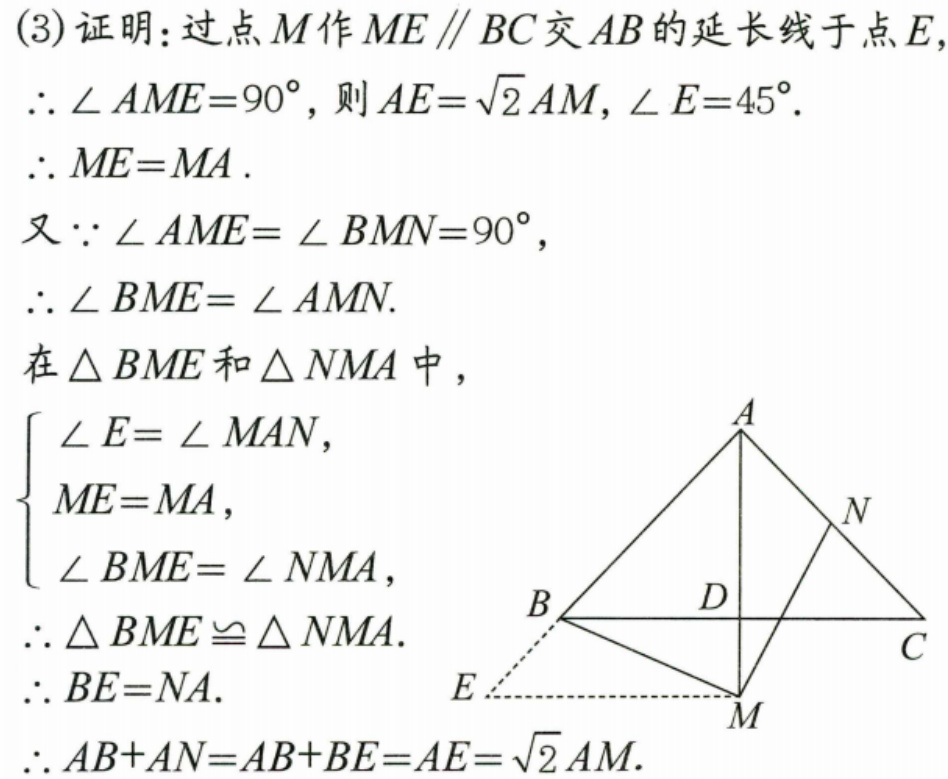
(3)证明：过点\(M\)作\(ME \parallel BC\)交\(AB\)的延长线于点\(E\)，
\(\therefore \angle AME = 90^{\circ}\)，则\(AE = \sqrt{2}AM\)，\(\angle E = 45^{\circ}\)．
\(\therefore ME = MA\)．
又\(\because \angle AME=\angle BMN = 90^{\circ}\)，
\(\therefore \angle BME=\angle AMN\)．
在\(\triangle BME\)和\(\triangle NMA\)中，
\(\begin{cases}
\angle E=\angle MAN,\\
ME = MA,\\
\angle BME=\angle NMA,
\end{cases}\)
\(\therefore \triangle BME\cong\triangle NMA\)．
\(\therefore BE = NA\)．
\(\therefore AB + AN=AB + BE = AE=\sqrt{2}AM\)．